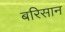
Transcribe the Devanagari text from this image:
बरिसान